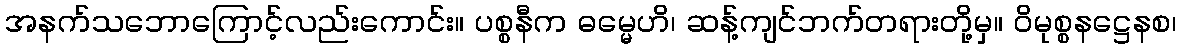
အနက်သဘောကြောင့်လည်းကောင်း။ ပစ္စနီက ဓမ္မေဟိ၊ ဆန့်ကျင်ဘက်တရားတို့မှ။ ဝိမုစ္စနဋ္ဌေနစ၊